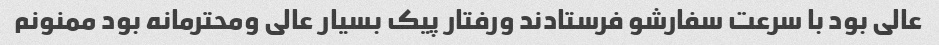
عالی بود با سرعت سفارشو فرستادند ورفتار پیک بسیار عالی ومحترمانه بود ممنونم